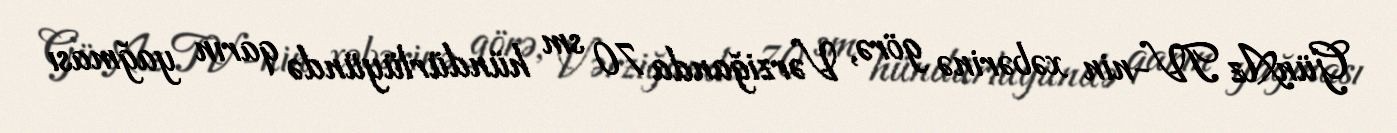
GünAz TV-nin xəbərinə görə, Vərziğanda 70 sm hündürlüyündə qarın yağması